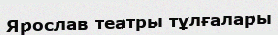
Ярослав театры тұлғалары